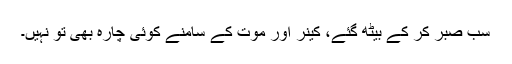
سب صبر کر کے بیٹھ گئے، کینر اور موت کے سامنے کوئی چارہ بھی تو نہیں۔